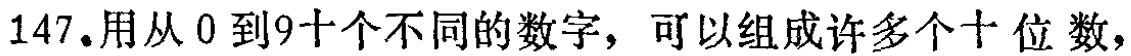
147.用从 0 到 9 十个不同的数字，可以组成许多个十 位 数，